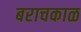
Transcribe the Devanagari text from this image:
बराचकाळ